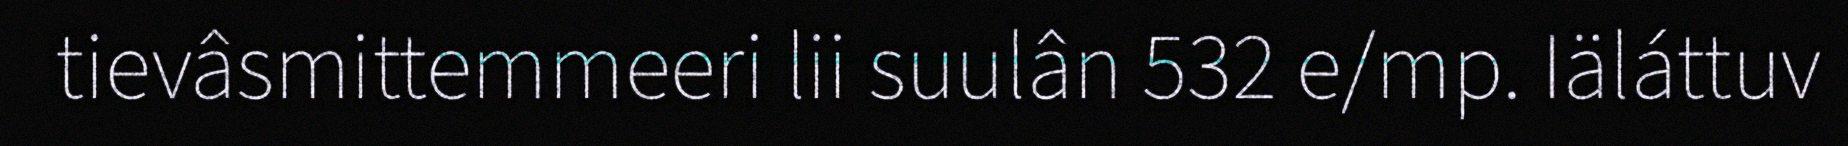
tievâsmittemmeeri lii suulân 532 e/mp. Iäláttuv